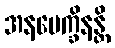
အနပေက္ခိနန္တိ